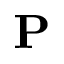
\mathbf { P }